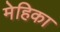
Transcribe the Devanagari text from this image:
मेहिका